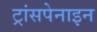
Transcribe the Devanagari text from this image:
ट्रांसपेनाइन